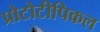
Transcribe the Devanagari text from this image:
प्रोटोटीपिकल